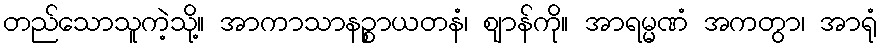
တည်သောသူကဲ့သို့။ အာကာသာနဉ္စာယတနံ၊ ဈာန်ကို။ အာရမ္မဏံ အကတွာ၊ အာရုံ